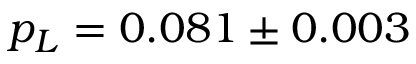
p _ { L } = 0 . 0 8 1 \pm 0 . 0 0 3